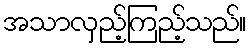
အသာလှည့်ကြည့်သည်။